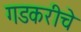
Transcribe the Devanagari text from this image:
गडकरीचे